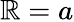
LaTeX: \mathbb{R}=a